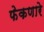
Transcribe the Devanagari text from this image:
फेकणारे